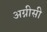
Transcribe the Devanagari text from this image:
अग्नीसी